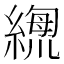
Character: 𦃫